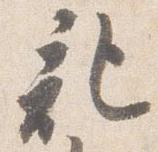
記